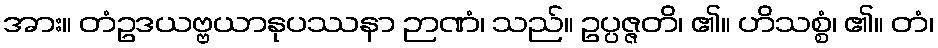
အား။ တံဥဒယဗ္ဗယာနုပဿနာ ဉာဏံ၊ သည်။ ဥပ္ပဇ္ဇတိ၊ ၏။ ဟိသစ္စံ၊ ၏။ တံ၊